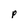
Character: p